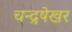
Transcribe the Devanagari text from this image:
चन्द्रषेखर